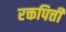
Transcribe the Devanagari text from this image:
रक्तपित्ती